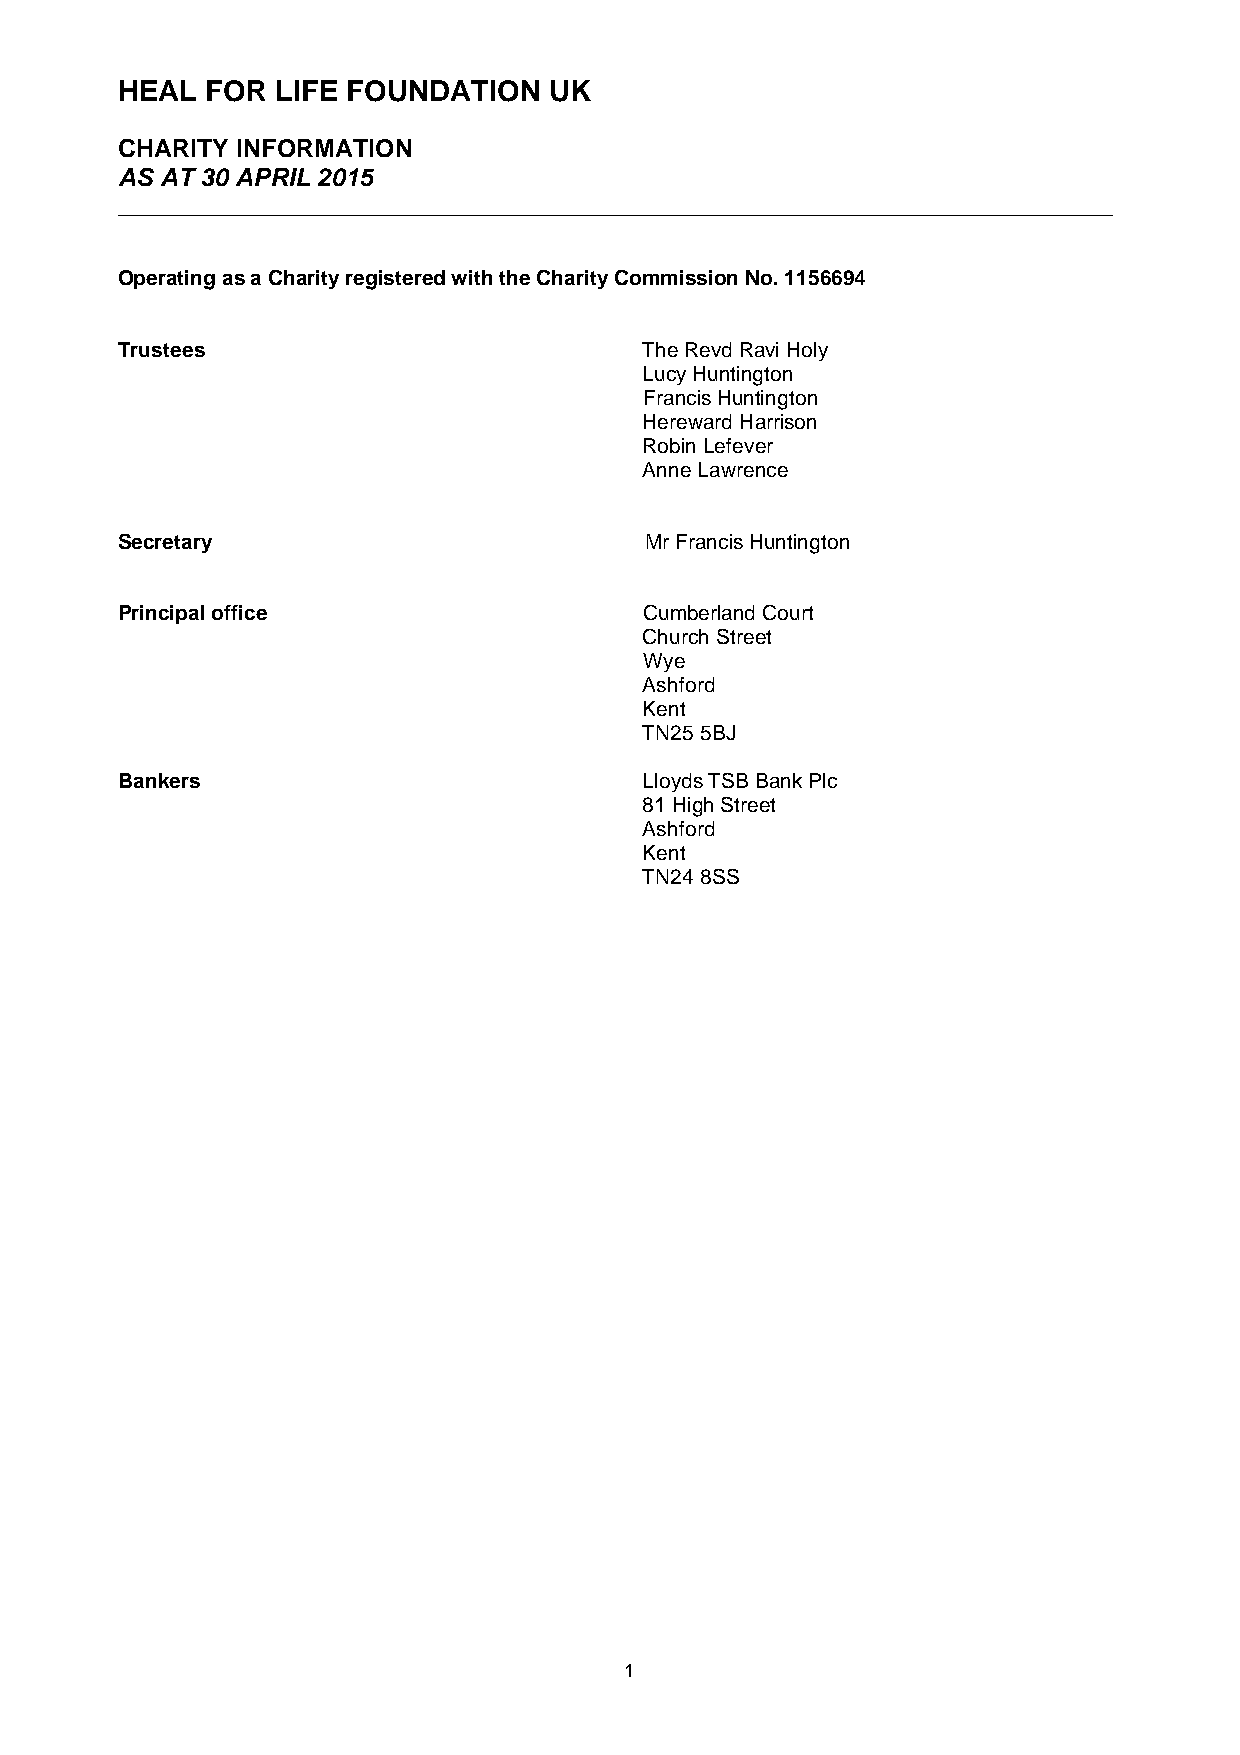
HEAL  FOR LIFE FOUNDATION   UK
 CHARITY INFORMATION
 AS AT 30 APRIL 2015
 ______________________________________________________________________________
 Operating as a Charity registered with the Charity Commission No. 1156694
 Trustees                           The Revd Ravi Holy
 Lucy Huntington
 Francis Huntington
 Hereward Harrison
 Robin Lefever
 Anne Lawrence
 Secretary                          Mr Francis Huntington
 Principal office                   Cumberland Court
 Church Street
 Wye
 Ashford
 Kent
 TN25 5BJ
 Bankers                            Lloyds TSB Bank Plc
 81 High Street
 Ashford
 Kent
 TN24 8SS
 1